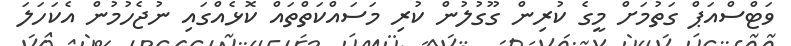
ވަޓްސްއަޕް ގަތުމަށް މީގެ ކުރިން ގޫގުލުން ކުރި މަސައްކަތްތައް ކޮޅެއްގައި ނުޖެހުމުން އެކަހަލަ